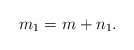
\begin{align*}m_1=m+n_1. \end{align*}